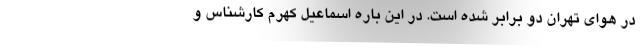
در هوای تهران دو برابر شده است. در این باره اسماعیل کهرم کارشناس و